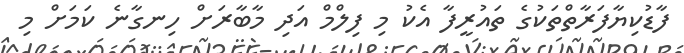
ފާޑުކިޔާފަރާތްތަކުގެ ތައުރީފާ އެކު މި ފިލްމް އަދި މާބާރަށް ހިނގާނެ ކަމަށް މި